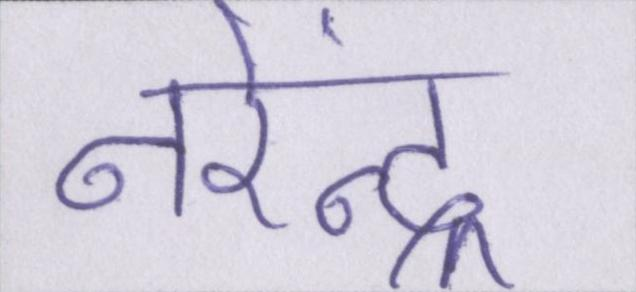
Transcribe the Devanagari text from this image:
नरेंन्द्र